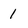
Character: 1